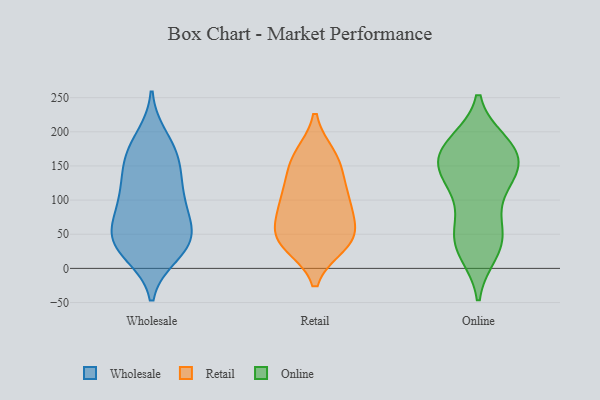
{"axis": {"x": "Production Output", "y": "Value"}, "legend": ["Online", "Retail", "Wholesale"], "data": [{"x": "", "y": 38, "type": "Wholesale"}, {"x": "", "y": 123, "type": "Wholesale"}, {"x": "", "y": 42, "type": "Wholesale"}, {"x": "", "y": 191, "type": "Wholesale"}, {"x": "", "y": 162, "type": "Wholesale"}, {"x": "", "y": 99, "type": "Wholesale"}, {"x": "", "y": 64, "type": "Wholesale"}, {"x": "", "y": 21, "type": "Wholesale"}, {"x": "", "y": 36, "type": "Wholesale"}, {"x": "", "y": 25, "type": "Wholesale"}, {"x": "", "y": 176, "type": "Wholesale"}, {"x": "", "y": 141, "type": "Wholesale"}, {"x": "", "y": 158, "type": "Wholesale"}, {"x": "", "y": 63, "type": "Wholesale"}, {"x": "", "y": 98, "type": "Wholesale"}, {"x": "", "y": 100, "type": "Wholesale"}, {"x": "", "y": 50, "type": "Wholesale"}, {"x": "", "y": 42, "type": "Retail"}, {"x": "", "y": 42, "type": "Retail"}, {"x": "", "y": 42, "type": "Retail"}, {"x": "", "y": 163, "type": "Retail"}, {"x": "", "y": 73, "type": "Retail"}, {"x": "", "y": 35, "type": "Retail"}, {"x": "", "y": 165, "type": "Retail"}, {"x": "", "y": 96, "type": "Retail"}, {"x": "", "y": 102, "type": "Retail"}, {"x": "", "y": 151, "type": "Retail"}, {"x": "", "y": 124, "type": "Retail"}, {"x": "", "y": 50, "type": "Retail"}, {"x": "", "y": 97, "type": "Retail"}, {"x": "", "y": 148, "type": "Online"}, {"x": "", "y": 23, "type": "Online"}, {"x": "", "y": 131, "type": "Online"}, {"x": "", "y": 184, "type": "Online"}, {"x": "", "y": 154, "type": "Online"}, {"x": "", "y": 180, "type": "Online"}, {"x": "", "y": 181, "type": "Online"}, {"x": "", "y": 26, "type": "Online"}, {"x": "", "y": 170, "type": "Online"}, {"x": "", "y": 123, "type": "Online"}, {"x": "", "y": 65, "type": "Online"}, {"x": "", "y": 144, "type": "Online"}, {"x": "", "y": 34, "type": "Online"}, {"x": "", "y": 105, "type": "Online"}, {"x": "", "y": 176, "type": "Online"}, {"x": "", "y": 54, "type": "Online"}, {"x": "", "y": 147, "type": "Online"}, {"x": "", "y": 49, "type": "Online"}]}